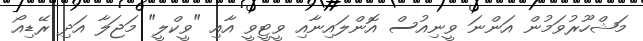
މަޝްހޫރުވަމުން އަންނަ ވީނިއުސް އޮންލައިނާއި ވީޓީވީ އާއި "ވީކްލީ" މަޖަލާ އަދި ރޭޑިއޯ